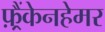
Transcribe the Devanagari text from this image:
फ़्रैंकेनहेमर